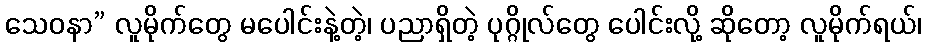
သေဝနာ” လူမိုက်တွေ မပေါင်းနဲ့တဲ့၊ ပညာရှိတဲ့ ပုဂ္ဂိုလ်တွေ ပေါင်းလို့ ဆိုတော့ လူမိုက်ရယ်၊